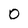
Character: 0